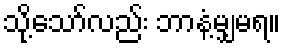
သို့သော်လည်း ဘာနံ့မျှမရ။